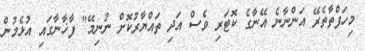
މިހަފްތާތެރޭ އަންނާނެ އޭނާގެ ކޮޓަރި ވެސް އަދި ތައްޔާރުކޮށް ނުނިމޭ" ފާޚާނާގައި އުޅެމުން